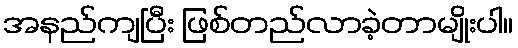
အနည်ကျပြီး ဖြစ်တည်လာခဲ့တာမျိုးပါ။